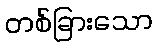
တစ်ခြားသော